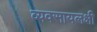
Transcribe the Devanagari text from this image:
व्यवसायलक्षी